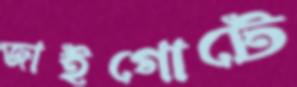
জাইগোটে